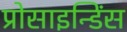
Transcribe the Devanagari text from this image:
प्रोसाइन्डिंस